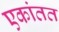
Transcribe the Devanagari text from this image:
एकांतत